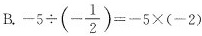
B $$-5 \div(- \frac{1}{2})=-5×(-2)$$